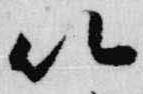
以